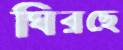
ঘিরছে